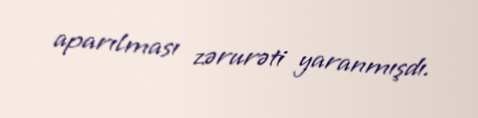
aparılması zərurəti yaranmışdı.